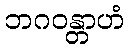
ဘဂဝန္တာဟံ